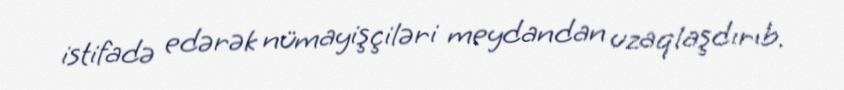
istifadə edərək nümayişçiləri meydandan uzaqlaşdırıb.